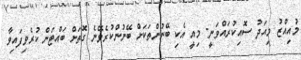
މުއިއްޒު މިއަދު ސޮއިކުރައްވަނީ: މިއީ އެކި ބޭނުންތަކަށް ބޭނުންކުރެވޭނެ ގޮތަށް ބައްޓަން ކުރެވިފައިވާ